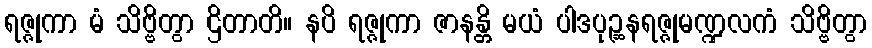
ရဇ္ဇုကာ မံ သိဗ္ဗိတွာ ဌိတာတိ။ နပိ ရဇ္ဇုကာ ဇာနန္တိ မယံ ပါဒပုဉ္ဆနရဇ္ဇုမဏ္ဍလကံ သိဗ္ဗိတွာ